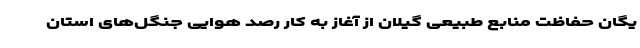
یگان حفاظت منابع طبیعی گیلان از آغاز به کار رصد هوایی جنگل‌های استان